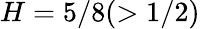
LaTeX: H=5/8(>1/2)